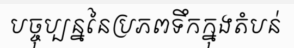
បច្ចុប្បន្ននៃប្រភពទឹកក្នុងតំបន់